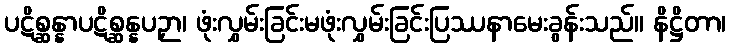
ပဋိစ္ဆန္နာပဋိစ္ဆန္နပဉှာ၊ ဖုံးလွှမ်းခြင်းမဖုံးလွှမ်းခြင်းပြဿနာမေးခွန်းသည်။ နိဋ္ဌိတာ၊